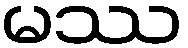
မဿ